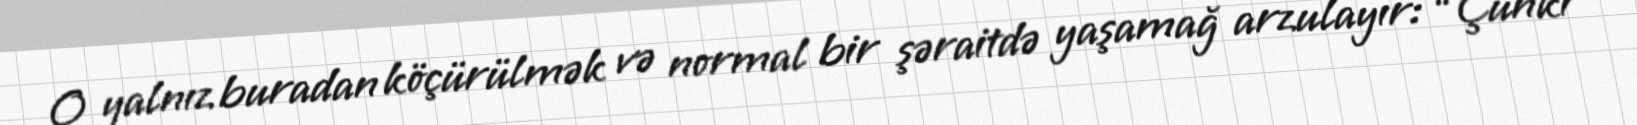
O yalnız buradan köçürülmək və normal bir şəraitdə yaşamağ arzulayır: “Çünki